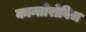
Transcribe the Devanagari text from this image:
कान्तोरोविच